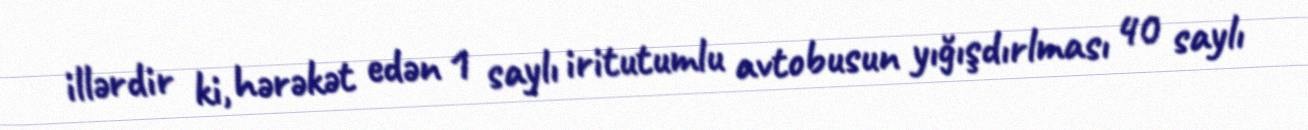
illərdir ki, hərəkət edən 1 saylı iritutumlu avtobusun yığışdırlması 40 saylı